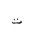
Letter: _ta